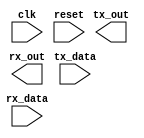
module uart_controller (
  input wire tx_data,
  input wire rx_data,
  input wire clk,
  input wire reset,
  output reg tx_out,
  output reg rx_out
);

reg [7:0] uart_data;
reg [7:0] tx_buffer [0:15];
reg [7:0] rx_buffer [0:15];
reg tx_empty;
reg rx_empty;
reg [3:0] tx_ptr;
reg [3:0] rx_ptr;

always @(posedge clk or posedge reset) begin
  if (reset) begin
    uart_data <= 8'h00;
    tx_empty <= 1;
    rx_empty <= 1;
    tx_ptr <= 0;
    rx_ptr <= 0;
  end else begin
    // UART transmit controller
    if (!tx_empty) begin
      tx_ptr <= tx_ptr + 1;
      if (tx_ptr == 16) begin
        tx_ptr <= 0;
        tx_empty <= 1;
      end
    end

    // UART receive controller
    if (!rx_empty) begin
      rx_ptr <= rx_ptr + 1;
      if (rx_ptr == 16) begin
        rx_ptr <= 0;
        rx_empty <= 1;
      end
    end
  end
end

// TODO: Implement baud rate generation, clock domain crossing, bit synchronization, error detection/correction

endmodule